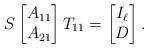
LaTeX: \begin{align*} S \begin{bmatrix} A_{11} \\ A_{21} \end{bmatrix} T_{11} = \begin{bmatrix} I_{\ell} \\ D \end{bmatrix} .\end{align*}